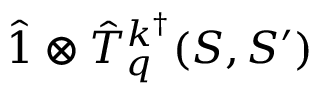
\hat { 1 } \otimes \hat { T } _ { q } ^ { k ^ { \dagger } } ( S , S ^ { \prime } )